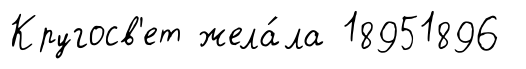
Кругосв'ет жела́ла 18951896